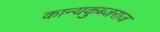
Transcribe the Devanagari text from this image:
कान्यकुब्जराज